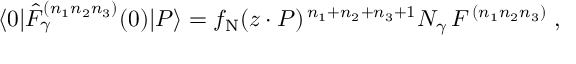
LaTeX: \langle 0 | \hat { F } _ { \gamma } ^ { ( n _ { 1 } n _ { 2 } n _ { 3 } ) } ( 0 ) | P \rangle = f _ { \mathrm { N } } ( z \cdot P ) ^ { \, { n _ { 1 } + n _ { 2 } + n _ { 3 } + 1 } } N _ { \gamma } \, F ^ { \, ( n _ { 1 } n _ { 2 } n _ { 3 } ) } \; ,